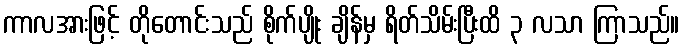
ကာလအားဖြင့် တိုတောင်းသည် စိုက်ပျိုး ချိန်မှ ရိတ်သိမ်းပြီးထိ ၃ လသာ ကြာသည်။